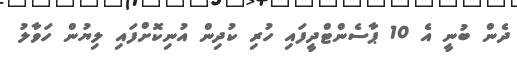
ދެން ބުނީ އެ 10 ޕާސެންޓްދީފައި ހުރި ކުދިން އުނިކޮށްފައި ލިޔުން ހަވާލު